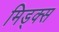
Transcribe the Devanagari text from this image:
मिड्क्स